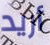
أريد